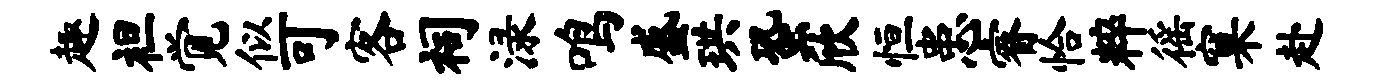
趣袒觉似可客祠渌鸣盛珙蛩欣恒患睿恰粹徭窠赴